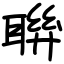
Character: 聨